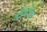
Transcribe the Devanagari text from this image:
तोजोला